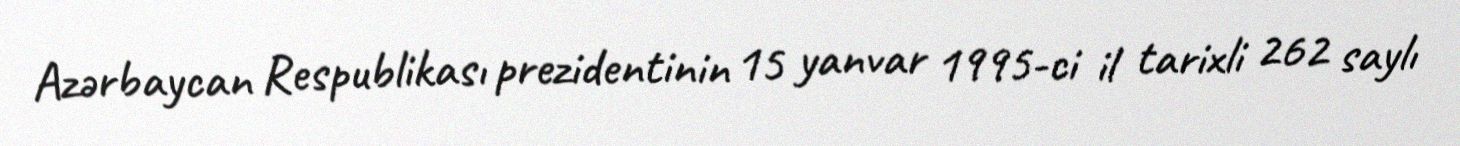
Azərbaycan Respublikası prezidentinin 15 yanvar 1995-ci il tarixli 262 saylı